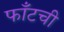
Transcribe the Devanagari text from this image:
फाँटची